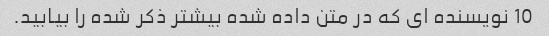
10 نویسنده ای که در متن داده شده بیشتر ذکر شده را بیابید.